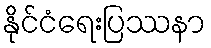
နိုင်ငံရေးပြဿနာ